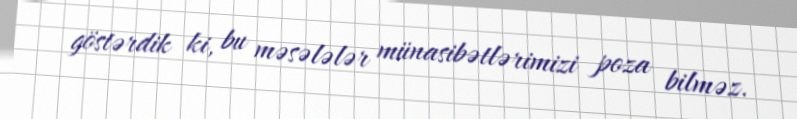
göstərdik ki, bu məsələlər münasibətlərimizi poza bilməz.